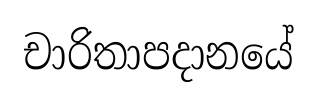
චාරිතාපදානයේ